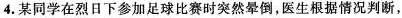
4. 某同学在烈日下参加足球比赛时突然晕倒，医生根据情况判断，